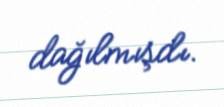
dağılmışdı.